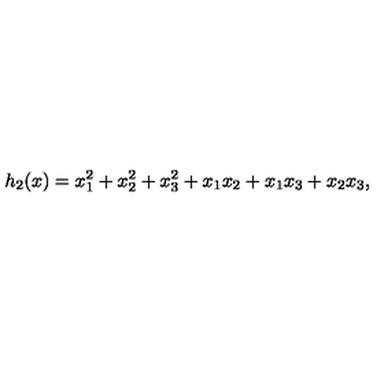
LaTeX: h _ { 2 } ( x ) = x _ { 1 } ^ { 2 } + x _ { 2 } ^ { 2 } + x _ { 3 } ^ { 2 } + x _ { 1 } x _ { 2 } + x _ { 1 } x _ { 3 } + x _ { 2 } x _ { 3 } ,